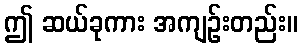
ဤ ဆယ်ခုကား အကျဉ်းတည်း။